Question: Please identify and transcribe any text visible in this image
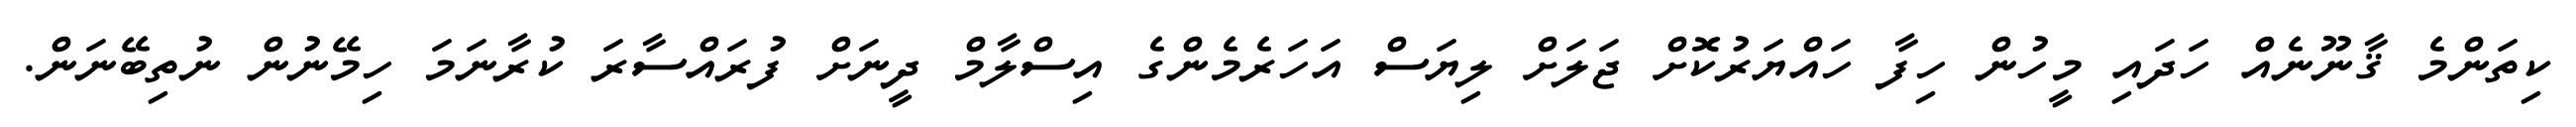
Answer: ކިތަންމެ ޤާނޫނެއް ހަދައި މީހުން ހިފާ ހައްޔަރުކޮށް ޖަލަށް ލިޔަސް އަހަރެމެންގެ އިސްލާމް ދީނަށް ފުރައްސާރަ ކުރާނަމަ ހިމޭނުން ނުތިބޭނަން.